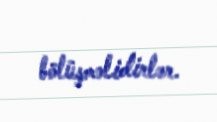
bölüşməlidirlər.